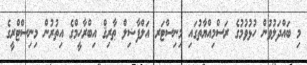
މި ބައްދަލުވުން ހުޅުވުމުގެ ރަސްމިއްޔާތުގައި މިނިސްޓަރ އަލްފާޟިލް ޠާރިޤް އިބްރާހީމްގެ އިތުރުން މިނިސްޓްރީގެ